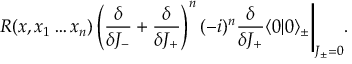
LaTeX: R ( x , x _ { 1 } \ldots x _ { n } ) \left( \frac { \delta } { \delta J _ { - } } + \frac { \delta } { \delta J _ { + } } \right) ^ { n } ( - i ) ^ { n } \frac { \delta } { \delta J _ { + } } \langle 0 | 0 \rangle _ { \pm } \Bigg | _ { J _ { \pm } = 0 } .